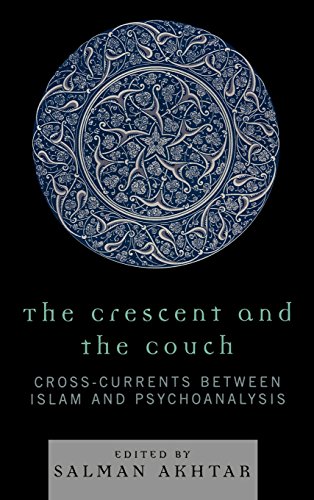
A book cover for The Crescent and the Couch: Cross-Currents Between Islam and Psychoanalysis; Salman Akhtar; Medical Books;